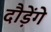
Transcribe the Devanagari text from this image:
दौड़ेंगे